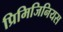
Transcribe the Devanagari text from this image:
प्रिमिजिनियस